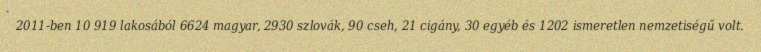
2011-ben 10 919 lakosából 6624 magyar, 2930 szlovák, 90 cseh, 21 cigány, 30 egyéb és 1202 ismeretlen nemzetiségű volt.